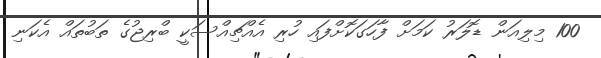
100 މިލިއަން ޑޮލަރު ކަމަށް ފާހަގަކޮށްފައި ހުރި އެއްޗިއްސަކީ ބްރިޖުގެ ތަބުތައް އެކަނި